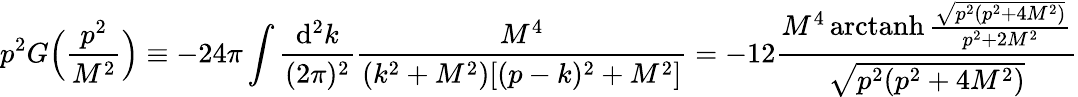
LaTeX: p^{2}G\Big(\frac{p^{2}}{M^{2}}\Big)\equiv-24\pi\int\frac{\mathrm{d}^{2}k}{(2\pi)^{2}}\frac{M^{4}}{(k^{2}+M^{2})[(p-k)^{2}+M^{2}]}=-12\frac{M^{4}\, \mathrm{arctanh}\, \frac{\sqrt{p^{2}(p^{2}+4M^{2})}}{p^{2}+2M^{2}}}{\sqrt{p^{2}(p^{2}+4M^{2})}}